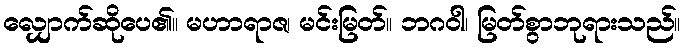
လျှောက်ဆိုပေ၏။ မဟာရာဇ၊ မင်းမြတ်။ ဘဂဝါ၊ မြတ်စွာဘုရားသည်။